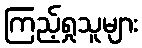
ကြည့်ရှုသူများ